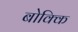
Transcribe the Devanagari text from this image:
बोक्कि